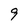
Character: 9